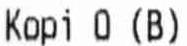
KOPI O (B)